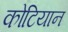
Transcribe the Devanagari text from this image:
कोटियान